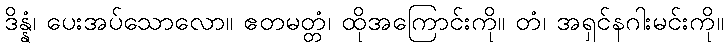
ဒိန္နံ၊ ပေးအပ်သောလော။ ဧတမတ္တံ၊ ထိုအကြောင်းကို။ တံ၊ အရှင်နဂါးမင်းကို။